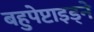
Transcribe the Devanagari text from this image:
बहुपेप्टाइड्ने